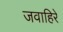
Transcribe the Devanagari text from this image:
जवाहिरे